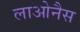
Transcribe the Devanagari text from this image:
लाओनैस